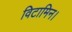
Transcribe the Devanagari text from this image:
विटामिन।